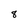
Character: 8